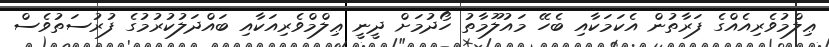
ޢިލްމުވެރިއެއްގެ ފަރާތުން އެކަމަކާއި ބެހޭ މައުލޫމާތު ހޯދުމަށް ދީނީ ޢިލްމްވެރިއަކާއި ބައްދަލުކުރުމުގެ ފުރުސަތުވެސް